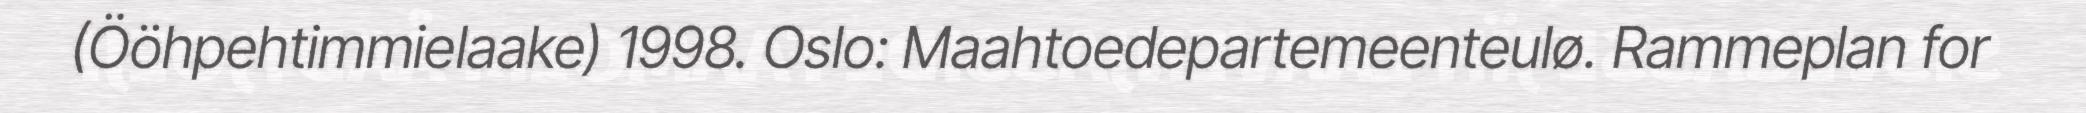
(Ööhpehtimmielaake) 1998. Oslo: Maahtoedepartemeenteulø. Rammeplan for